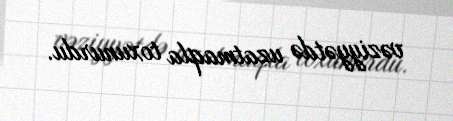
vəziyyətdə uzatmaqla toxunurdu.